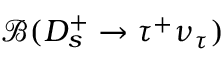
{ \mathcal B } ( D _ { s } ^ { + } \to \tau ^ { + } \nu _ { \tau } )